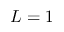
L = 1